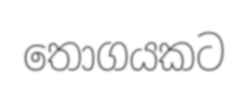
තොගයකට